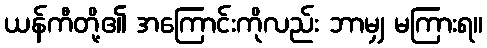
ယန်ကီတို့၏ အကြောင်းကိုလည်း ဘာမျှ မကြားရ။